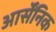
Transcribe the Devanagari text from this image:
आर्सेंनिक